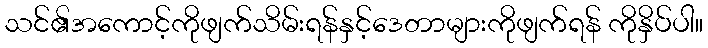
သင်၏အကောင့်ကိုဖျက်သိမ်းရန်နှင့်ဒေတာများကိုဖျက်ရန် ကိုနှိပ်ပါ။